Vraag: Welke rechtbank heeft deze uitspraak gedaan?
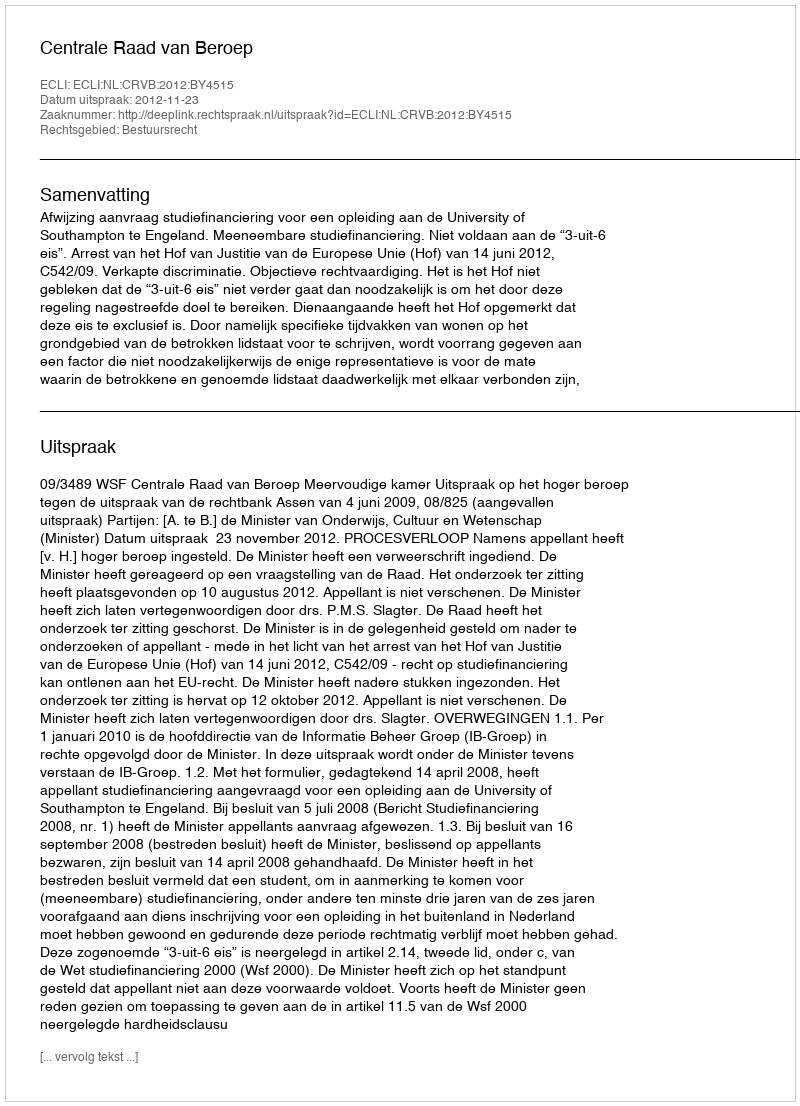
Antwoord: Centrale Raad van Beroep